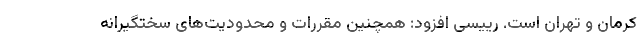
کرمان و تهران است. رییسی افزود: همچنین مقررات و محدودیت‌های سختگیرانه